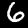
Digit: 6